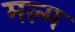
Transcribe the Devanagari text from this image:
मल्म